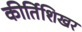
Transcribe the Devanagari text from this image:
कीर्तिशिखर